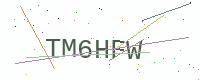
Text: TM6HFW